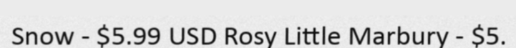
Snow - $5.99 USD Rosy Little Marbury - $5.